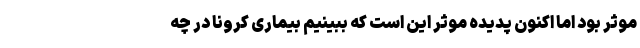
موثر بود اما اکنون پدیده موثر این است که ببینیم بیماری کرونا در چه